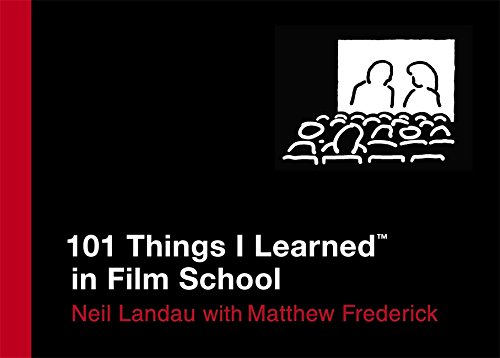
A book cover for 101 Things I Learned in Film School; Neil Landau; Humor & Entertainment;